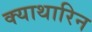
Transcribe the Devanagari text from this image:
क्याथारिन